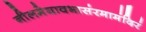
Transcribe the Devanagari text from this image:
नीलमेघावभासंरमामंदिरं